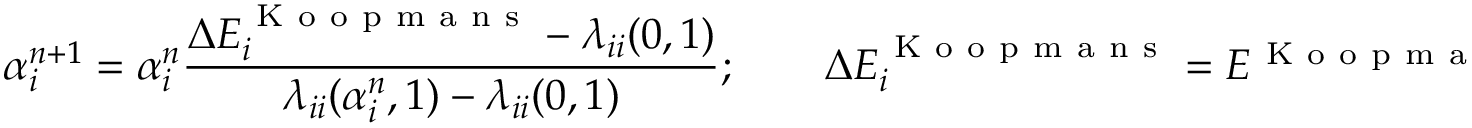
\alpha _ { i } ^ { n + 1 } = \alpha _ { i } ^ { n } \frac { \Delta E _ { i } ^ { \mathrm { ~ K ~ o ~ o ~ p ~ m ~ a ~ n ~ s ~ } } - \lambda _ { i i } ( 0 , 1 ) } { \lambda _ { i i } ( \alpha _ { i } ^ { n } , 1 ) - \lambda _ { i i } ( 0 , 1 ) } ; \qquad \Delta E _ { i } ^ { \mathrm { ~ K ~ o ~ o ~ p ~ m ~ a ~ n ~ s ~ } } = E ^ { \mathrm { ~ K ~ o ~ o ~ p ~ m ~ a ~ n ~ s ~ } } ( N ) - E _ { i } ^ { \mathrm { ~ K ~ o ~ o ~ p ~ m ~ a ~ n ~ s ~ } } ( N - 1 )